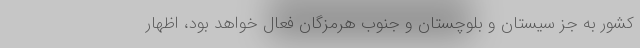
کشور به جز سیستان و بلوچستان و جنوب هرمزگان فعال خواهد بود، اظهار